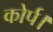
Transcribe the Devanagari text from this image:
कोर्प।